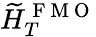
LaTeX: \widetilde{H}_{T}^{\mathrm{~F~M~O~}}